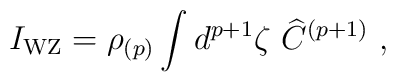
I_{\rm WZ} =  \rho_{(p)} \int d^{p+1}\zeta\  {\widehat C }^{(p+1)} \ ,